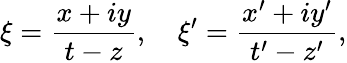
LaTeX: {\mathsf{\xi}}={\frac{x+iy}{t-z}},\quad\xi^{\prime}={\frac{x^{\prime}+iy^{\prime}}{t^{\prime}-z^{\prime}}},